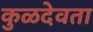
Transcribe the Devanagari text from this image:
कुळदेवता